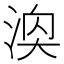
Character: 𪶓